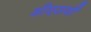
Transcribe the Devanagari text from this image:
डीएसवी